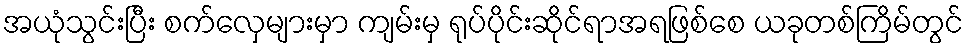
အယုံသွင်းပြီး စက်လှေများမှာ ကျမ်းမှ ရုပ်ပိုင်းဆိုင်ရာအရဖြစ်စေ ယခုတစ်ကြိမ်တွင်